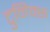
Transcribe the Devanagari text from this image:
टुनिक्स